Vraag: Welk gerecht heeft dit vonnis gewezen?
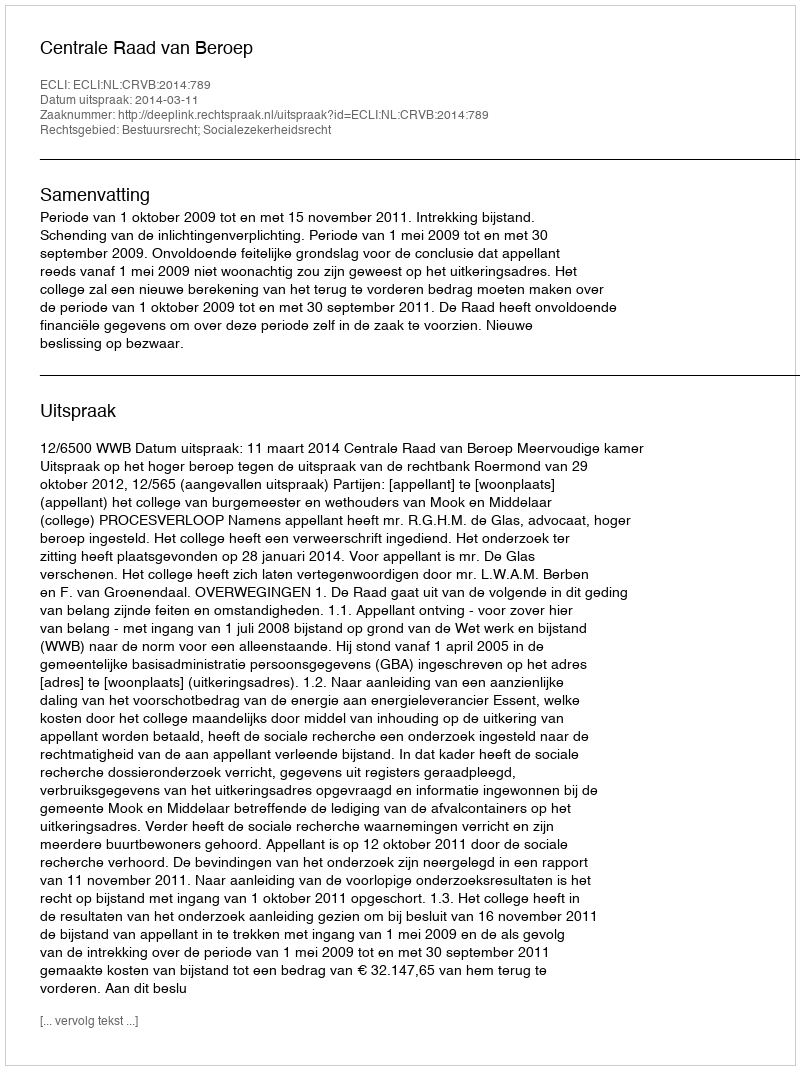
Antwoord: Centrale Raad van Beroep